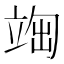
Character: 𥪃